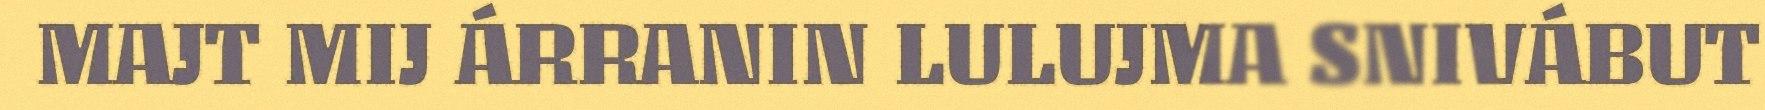
MAJT MIJ ÁRRANIN LULUJMA SNIVÁBUT